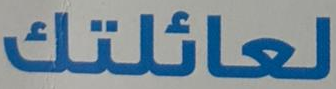
لعائلتك